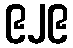
၉၂၉